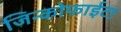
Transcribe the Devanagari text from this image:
जिन्कोफाईटा